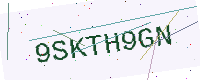
Text: 9SKTH9GN